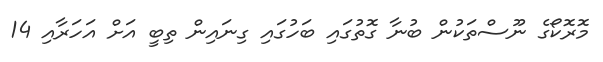
މޮރޮކޯގެ ނޫސްތަކުން ބުނާ ގޮތުގައި ބަހުގައި ގިނައިން ތިބީ އަށް އަހަރާއި 14